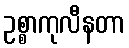
ဥစ္စာကုလီနတာ